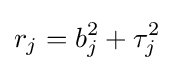
r_{j}=b_{j}^{2}+\tau _{j}^{2}